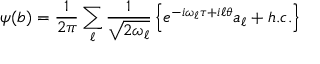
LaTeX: \psi ( b ) = \frac { 1 } { 2 \pi } \sum _ { \ell } \frac { 1 } { \sqrt { 2 \omega _ { \ell } } } \left\lbrace e ^ { - i \omega _ { \ell } \tau + i \ell \theta } a _ { \ell } + h . c . \right\rbrace